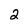
Character: 2